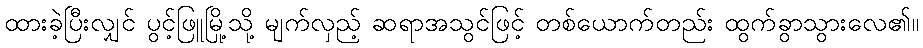
ထားခဲ့ပြီးလျှင် ပွင့်ဖြူမြို့သို့ မျက်လှည့် ဆရာအသွင်ဖြင့် တစ်ယောက်တည်း ထွက်ခွာသွားလေ၏။